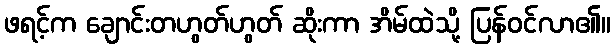
ဖရင့်က ချောင်းတဟွတ်ဟွတ် ဆိုးကာ အိမ်ထဲသို့ ပြန်ဝင်လာ၏။